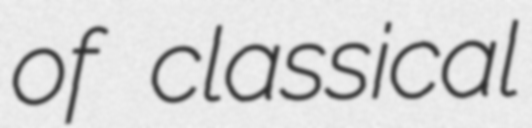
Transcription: of classical